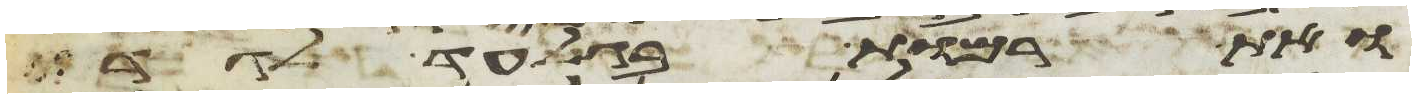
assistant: ואת רמות בגלעד לגדי